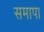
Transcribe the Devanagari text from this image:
समापा